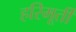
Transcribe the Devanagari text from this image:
हरिमूर्ती